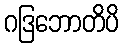
ဂဒြဘောတိပိ